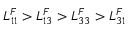
L _ { 1 1 } ^ { F } > L _ { 1 3 } ^ { F } > L _ { 3 3 } ^ { F } > L _ { 3 1 } ^ { F }